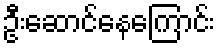
ဦးဆောင်နေကြောင်း